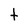
Character: t